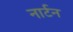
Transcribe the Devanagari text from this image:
नार्टन